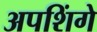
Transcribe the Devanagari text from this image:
अपशिंगे